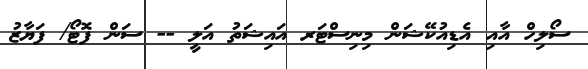
ސޯލިހް އާއި އެޑިއުކޭޝަން މިނިސްޓަރ އައިޝަތު އަލީ -- ސަން ފޮޓޯ/ ފަޔާޒު